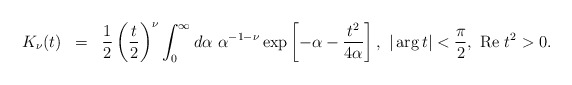
\begin{align*}\begin{array}{rcl}K_{\nu}(t)&=&\displaystyle \frac{1}{2}\left(\frac{t}{2}\right)^{\nu}\int_0^{\infty}d\alpha~\alpha^{-1-\nu}\exp\left[-\alpha-\frac{t^2}{4\alpha}\right],~|\arg t|<\frac{\pi}{2},~{\rm Re~}t^2>0.\end{array}\end{align*}